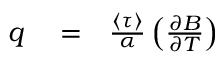
\begin{array} { r l r } { q } & { { } = } & { \frac { \langle \tau \rangle } { \alpha } \left( \frac { \partial B } { \partial T } \right) } \end{array}